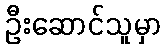
ဦးဆောင်သူမှာ